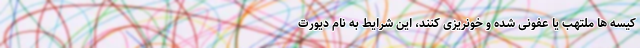
کیسه ها ملتهب یا عفونی شده و خونریزی کنند، این شرایط به نام دیورت